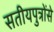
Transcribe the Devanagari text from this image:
सतीयपुत्रोंसे